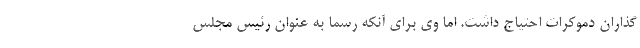
‌گذاران دموکرات احتیاج داشت. اما وی برای آنکه رسما به عنوان رئیس مجلس